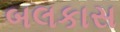
બલકાસ